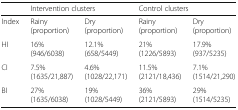
<table><thead><tr><td></td><td colspan="2"><b>Intervention clusters</b></td><td colspan="2"><b>Control clusters</b></td></tr></thead><tbody><tr><td>Index</td><td>Rainy(proportion)</td><td>Dry(proportion)</td><td>Rainy(proportion)</td><td>Dry(proportion)</td></tr><tr><td>HI</td><td>16%(946/6038)</td><td>12.1%(658/5449)</td><td>21%(1226/5893)</td><td>17.9%(937/5235)</td></tr><tr><td>CI</td><td>7.5%(1635/21,887)</td><td>4.6%(1028/22,171)</td><td>11.5%(2121/18,436)</td><td>7.1%(1514/21,290)</td></tr><tr><td>BI</td><td>27%(1635/6038)</td><td>19%(1028/5449)</td><td>36%(2121/5893)</td><td>29%(1514/5235)</td></tr></tbody></table>